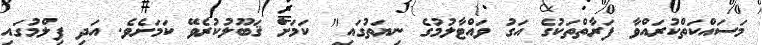
މަސައްކަތްކުރައްވާ ފަރާތްތަކުގެ އަގު ވައްޓާލުމުގެ ނިޔަތުގައި" ކަމަށް ޤަބޫލުކުރެވޭ ކަމަށެވެ. އަދި ފިލްމުގައި